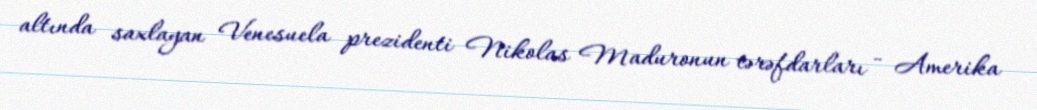
altında saxlayan Venesuela prezidenti Nikolas Maduronun tərəfdarları - Amerika